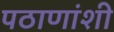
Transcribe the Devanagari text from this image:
पठाणांशी